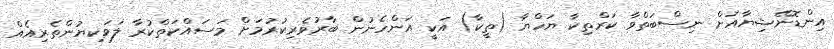
އިންޑޮނޭޝިޔާއަށް ނިސްބަތްވާ ކަރްތިކާ ޔަހްޔާ (ތީކާ) އަކީ އަންހެނުން ބާރުވެރިކުރުމަށް މަސައްކަތްކުރާ ލަވަކިޔުންތެރިއެއް